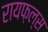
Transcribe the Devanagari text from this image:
रायफ़ल्स